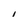
Character: I